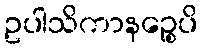
ဥပါသိကာနဉ္စေပိ